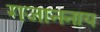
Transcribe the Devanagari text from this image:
गजाननाय